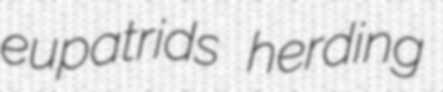
eupatrids herding